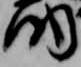
助